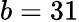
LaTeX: b=31